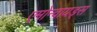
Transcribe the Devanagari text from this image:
एमोन्वायड्स